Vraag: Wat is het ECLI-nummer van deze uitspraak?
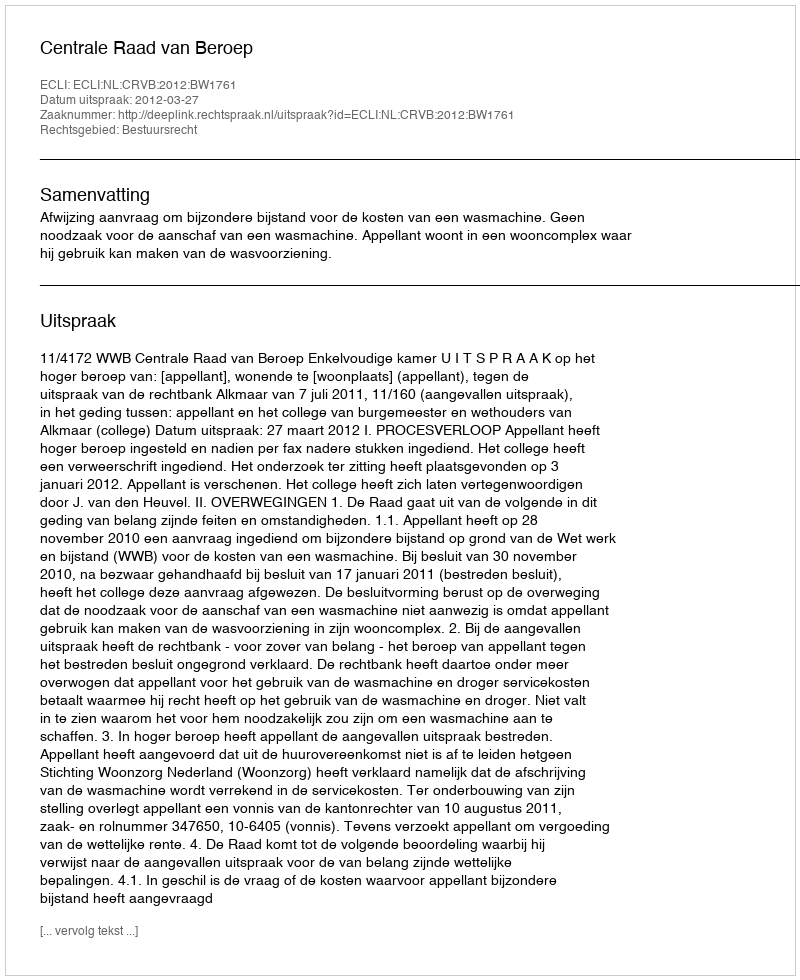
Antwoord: ECLI:NL:CRVB:2012:BW1761